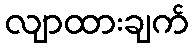
လျာထားချက်